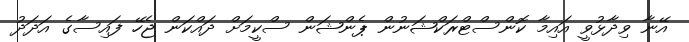
އޭނާ ވިދާޅުވީ އައިމާ ކޮންސްޓްރަކްޝަނުން ޕެންޝަން ސްކީމަށް ދައްކަން ޖެހޭ ފައިސާގެ އަދަދު